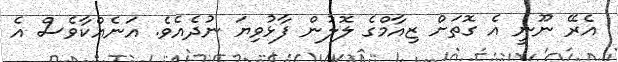
އެރޭ ނޫނީ އެ ގޮތަށް ޒިއާމްގެ ލޮލުން ފާޅުވިޔަ ނުދެއެވެ. އަނެއްކާވެސް އެ